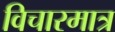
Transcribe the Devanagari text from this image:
विचारमात्र